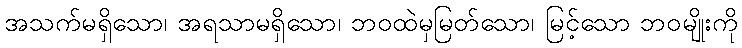
အသက်မရှိသော၊ အရသာမရှိသော၊ ဘဝထဲမှမြတ်သော၊ မြင့်သော ဘဝမျိုးကို